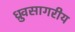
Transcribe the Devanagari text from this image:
ध्रुवसागरीय